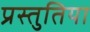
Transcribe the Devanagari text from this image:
प्रस्तुतिया